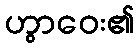
ဟွာဝေး၏